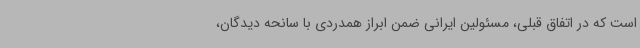
است که در اتفاق قبلی، مسئولین ایرانی ضمن ابراز همدردی با سانحه دیدگان،